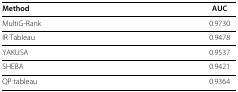
<table><thead><tr><td><b>Method</b></td><td><b>AUC</b></td></tr></thead><tbody><tr><td>MultiG-Rank</td><td>0.9730</td></tr><tr><td>IR Tableau</td><td>0.9478</td></tr><tr><td>YAKUSA</td><td>0.9537</td></tr><tr><td>SHEBA</td><td>0.9421</td></tr><tr><td>QP tableau</td><td>0.9364</td></tr></tbody></table>